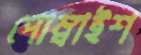
পোম্বাইশ